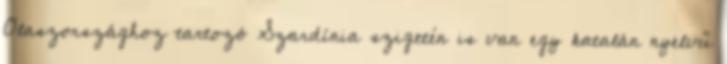
Olaszországhoz tartozó Szardínia szigetén is van egy katalán nyelvű